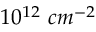
1 0 ^ { 1 2 } \ c m ^ { - 2 }